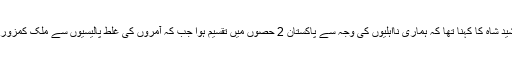
سکھر میں عید ملن پارٹی سے خطاب کرتے ہوئے پیپلز پارٹی کے رہنما خورشید شاہ کا کہنا تھا کہ ہماری نااہلیوں کی وجہ سے پاکستان 2 حصوں میں تقسیم ہوا جب کہ آمروں کی غلط پالیسیوں سے ملک کمزور ہوا تاہم ذوالفقارعلی بھٹو نے کئی تحریکوں کو سیاسی سوجھ بوجھ سے ختم کیا۔